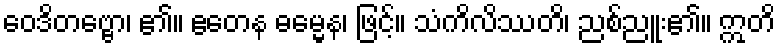
ဝေဒိတဗ္ဗော၊ ၏။ ဧတေန ဓမ္မေန၊ ဖြင့်။ သံကိလိဿတိ၊ ညစ်ညူး၏။ ဣတိ